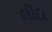
લીદા